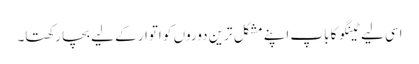
اسی لیے ٹینگو کا باپ اپنے مشکل ترین دوروں کو اتوار کے لیے بچا رکھتا۔